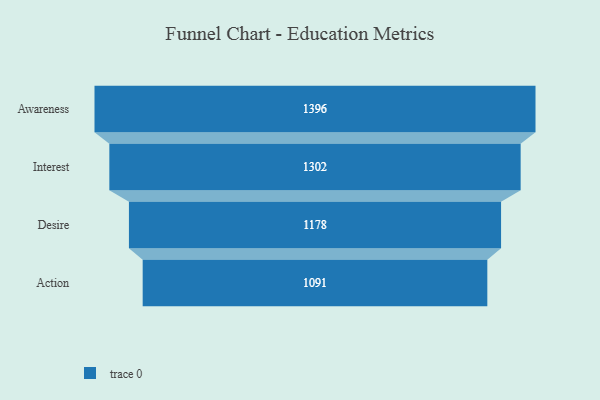
{"axis": {"x": "Stage", "y": "Value"}, "legend": [""], "data": [{"x": "Awareness", "y": 1396.0, "type": ""}, {"x": "Interest", "y": 1302.0, "type": ""}, {"x": "Desire", "y": 1178.0, "type": ""}, {"x": "Action", "y": 1091.0, "type": ""}]}